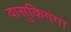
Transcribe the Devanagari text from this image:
वासुकिगंगा